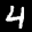
Label: 4